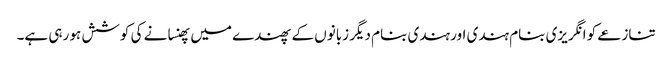
تنازعے کو انگریزی بنام ہندی اور ہندی بنام دیگر زبانوں کے پھندے میں پھنسانے کی کوشش ہو رہی ہے۔